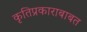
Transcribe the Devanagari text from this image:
कृतिप्रकाराबाबत